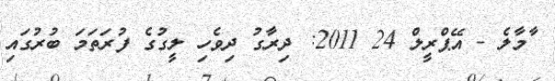
ާމާލެ - އޭޕްރީލް 24 2011: ދިރާގު ދިވެހި ލީގުގެ ފުރަތަމަ ބުރުގައި